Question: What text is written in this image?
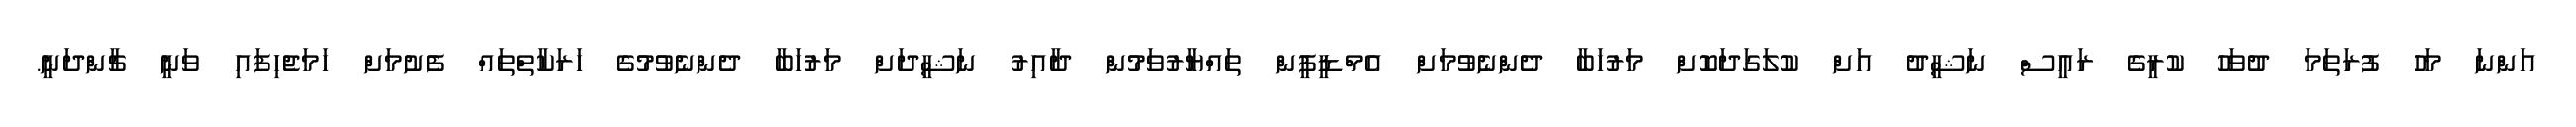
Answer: އަންނަ މަހު ފުރަތަމަ ދުވަހު ކުރީގެ ރައީސް ނަޝީދު އަށް ކުލަގަދަކޮށް މަރުހަބާ ދެންނެވުމަށް އެމްޑީޕީން ތައްޔާރުވަމުން ދާއިރު ނަޝީދަށް މަރުހަބާ ދެންނެވުމުގެ ހަރަކާތްތައް ފެށުމަށް ހަމަޖެހިފައި ވަނީ ޗާންދަނީ.